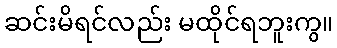
ဆင်းမိရင်လည်း မထိုင်ရဘူးကွ။